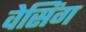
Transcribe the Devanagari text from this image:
वेसिंग